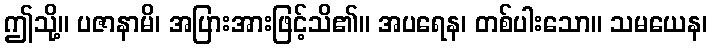
ဤသို့။ ပဇာနာမိ၊ အပြားအားဖြင့်သိ၏။ အပရေန၊ တစ်ပါးသော။ သမယေန၊